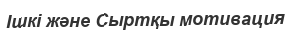
Ішкі және Сыртқы мотивация